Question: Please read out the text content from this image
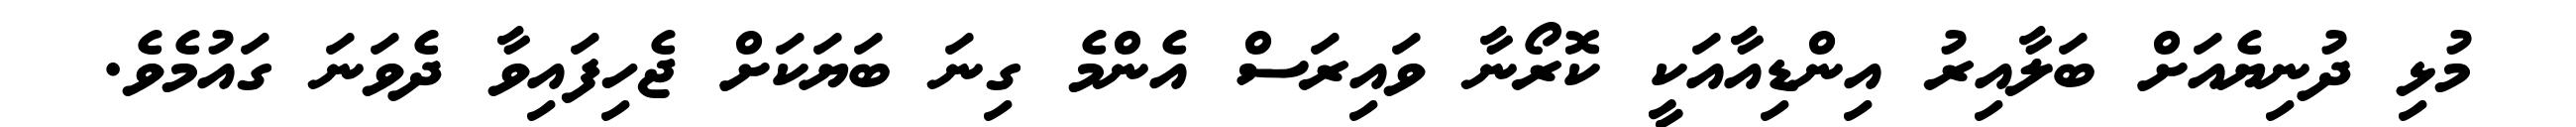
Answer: މުޅި ދުނިޔެއަށް ބަލާއިރު އިންޑިއާއަކީ ކޮރޯނާ ވައިރަސް އެންމެ ގިނަ ބަޔަކަށް ޖެހިފައިވާ ދެވަނަ ގައުމެވެ.